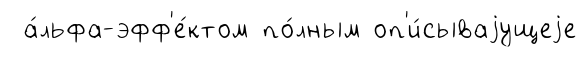
а́льфа-эфф'е́ктом по́лным оп'и́сываjущеjе